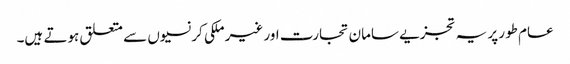
عام طور پر یہ تجزیے سامان تجارت اور غیر ملکی کرنسیوں سے متعلق ہوتے ہیں۔